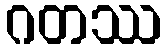
ဂတဿ